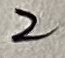
Text: 2